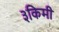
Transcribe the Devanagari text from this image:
३किमी